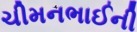
ચીમનભાઈની